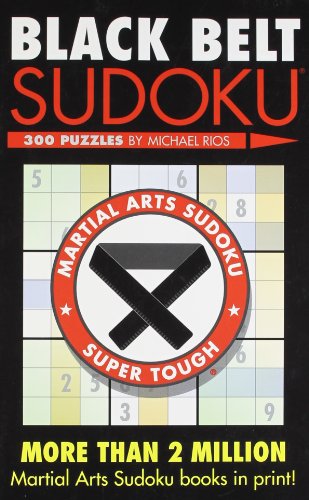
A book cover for Black Belt SudokuÂ® (Martial Arts Puzzles Series); Michael Rios; Humor & Entertainment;